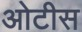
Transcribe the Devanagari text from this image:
ओटीस